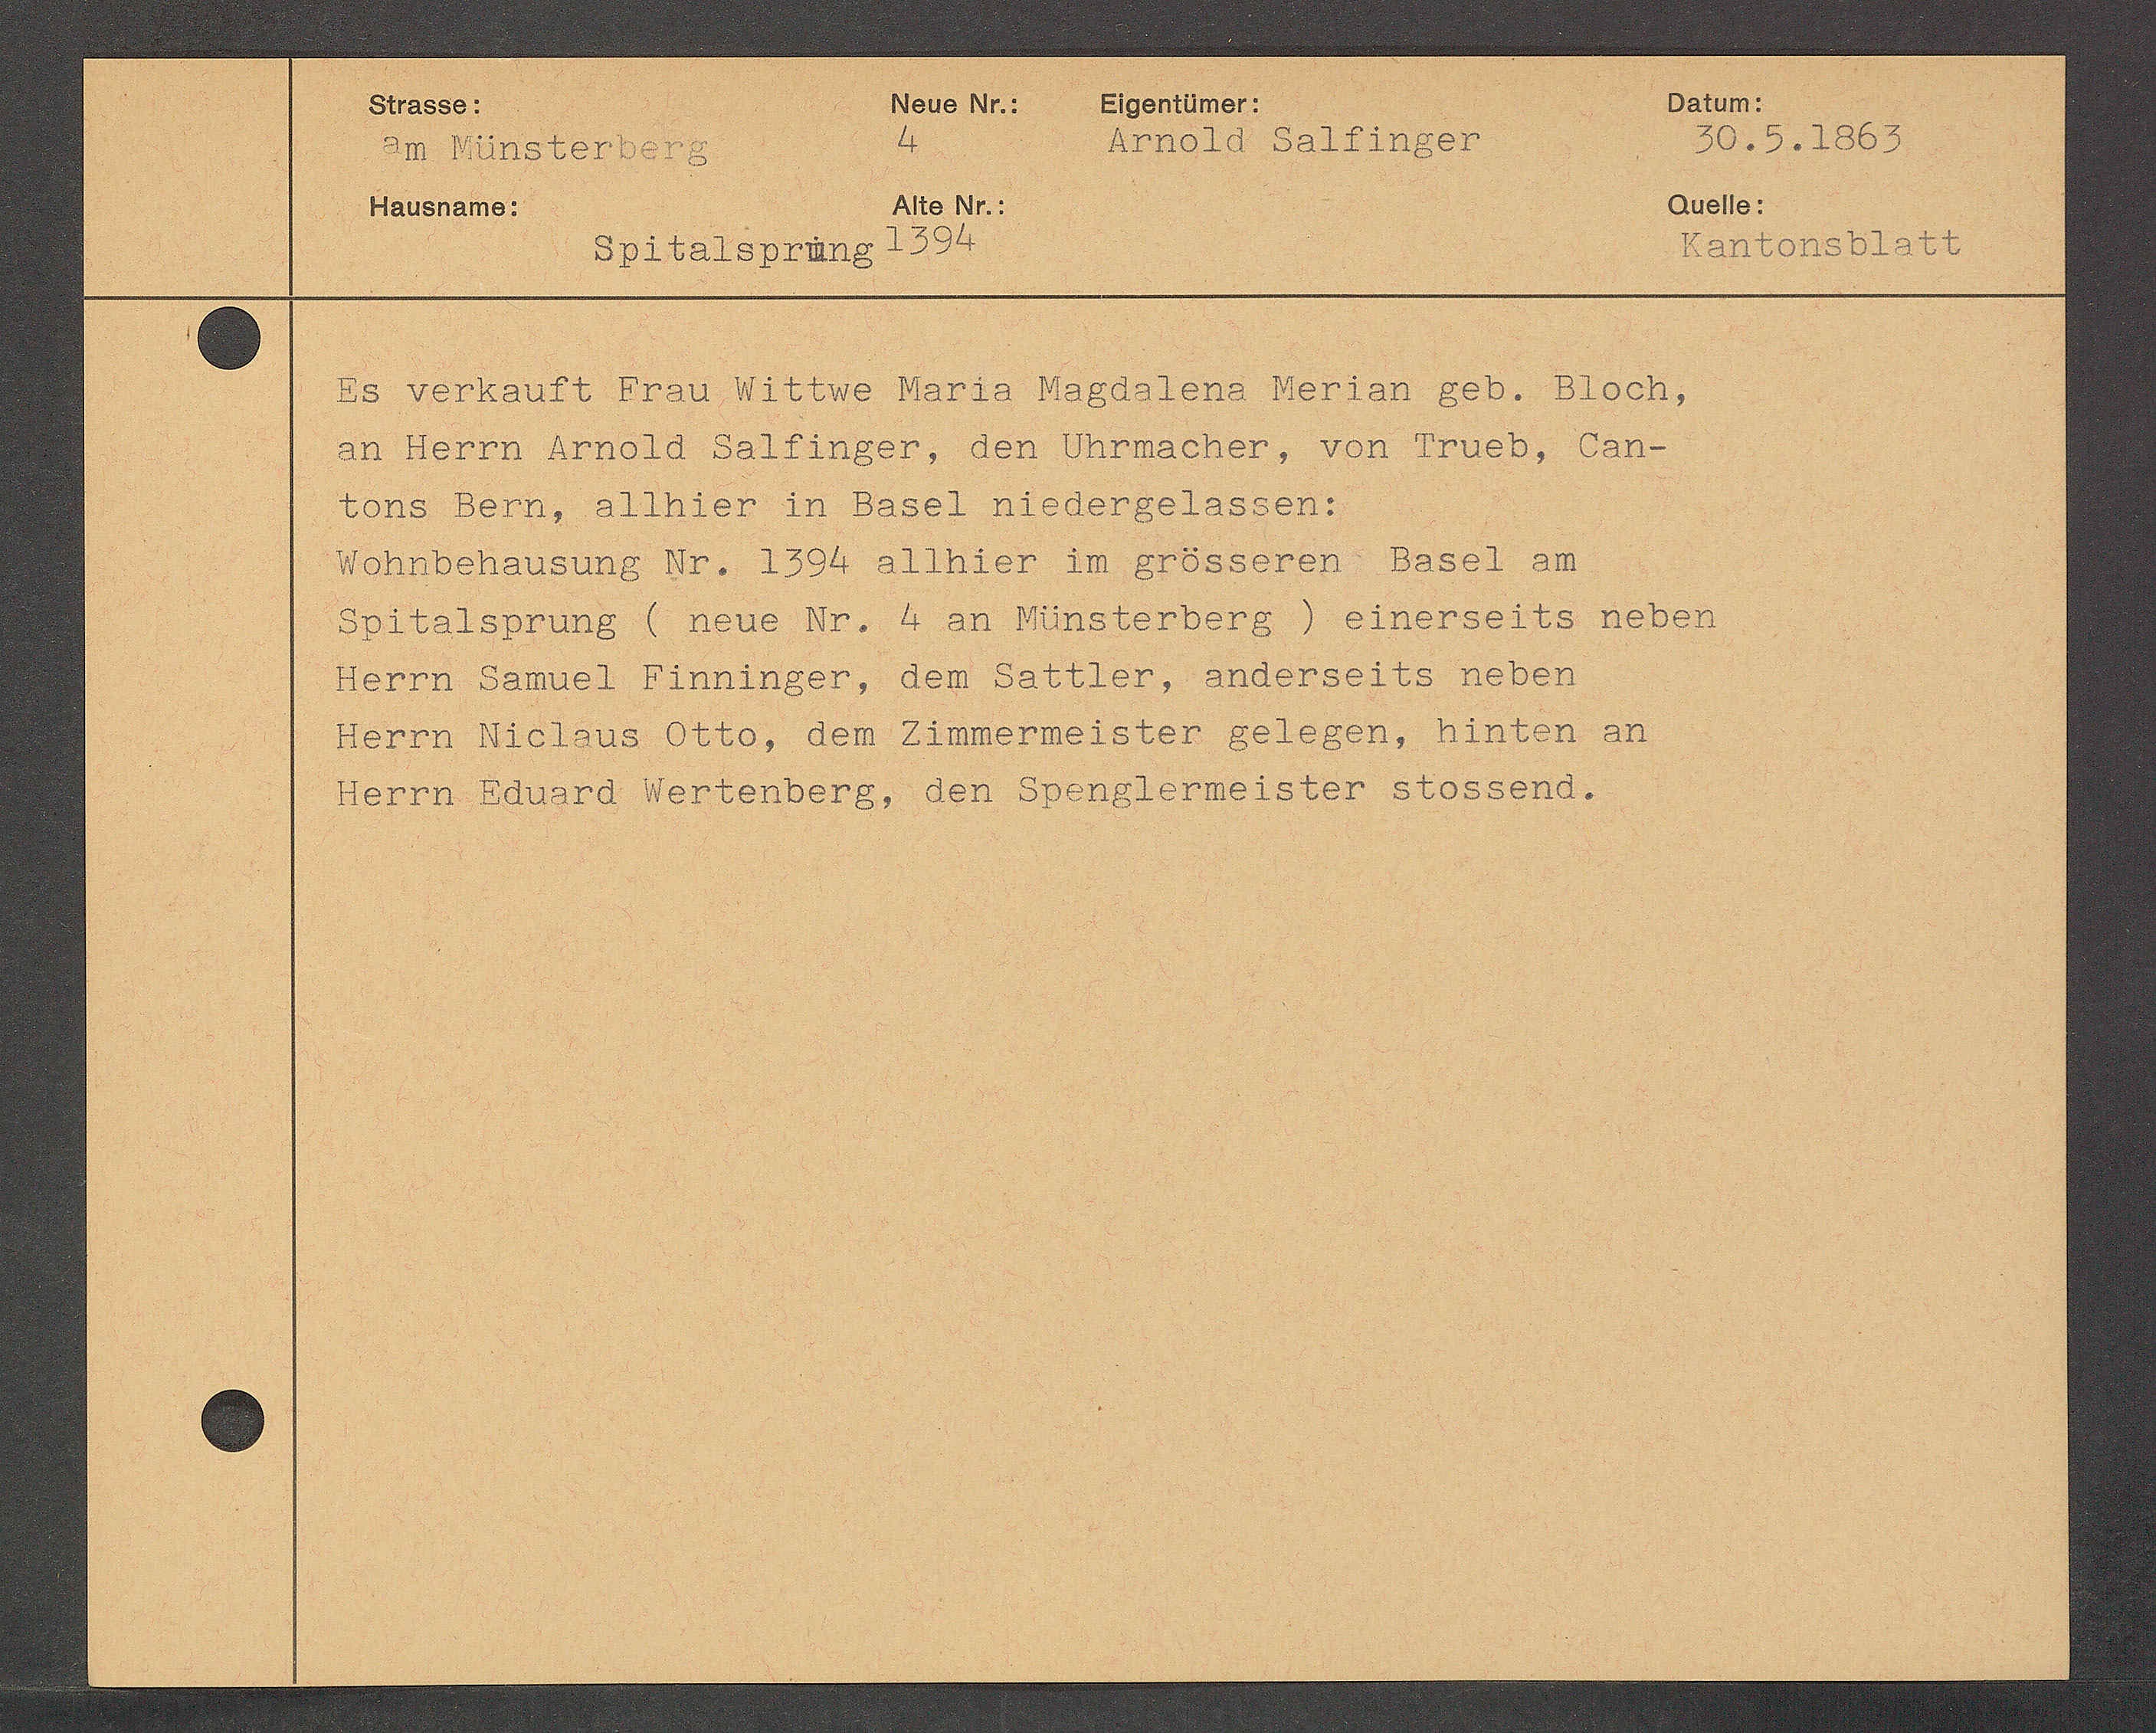
Transcript:
Es verkauft Frau Wittwe Maria Magdalena Merian geb. Bloch
an Herrn Arnold Saltinger, den Chrnacher, von Trueb, Can¬
Lons Bern, allhier in Basel niedergelassen:
Wohnbehausung Nr. 1394 allhier im grosseren Basel an
Spitalsprung neue Nr. 4 an Münsterberg) einerseits neben
Herrn Samuel Finninger, dem Sattler, anderseits neben
Herrn Niclaus Ott, dem Zimmermeister gelegen, hinten an
Herrn Eduard Wertenberg, den Spenglerneister Stossend.